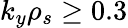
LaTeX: k_{y}\rho_{s}\geq 0.3